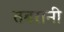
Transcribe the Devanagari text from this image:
तबरानी